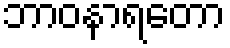
ဘာဝနာရတော